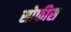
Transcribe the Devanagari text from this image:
सोफीस